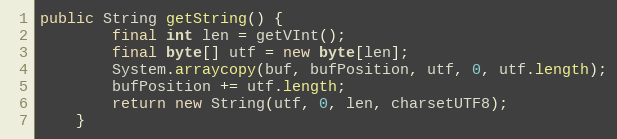
Language: Java
public String getString() {
		final int len = getVInt();
		final byte[] utf = new byte[len];
		System.arraycopy(buf, bufPosition, utf, 0, utf.length);
		bufPosition += utf.length;
		return new String(utf, 0, len, charsetUTF8);
	}